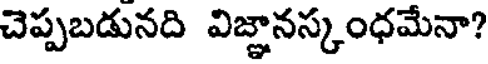
చెప్పబడునది విజ్ఞానస్కంధమేనా?